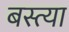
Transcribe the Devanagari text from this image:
बस्त्या